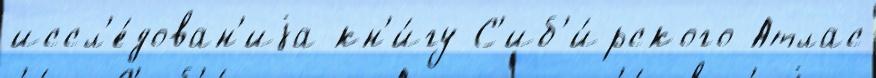
иссл'е́дован'иjа кн'и́гу С'иб'и́рского Атлас